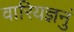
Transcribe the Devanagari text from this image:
वारियज्ञनुं